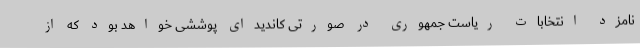
نامزد انتخابات ریاست جمهوری در صورتی کاندیدای پوششی خواهد بود که از